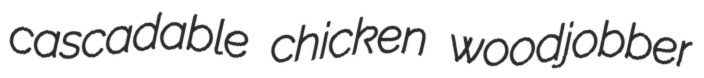
cascadable chicken woodjobber